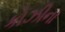
કોઝીના